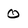
Character: 0